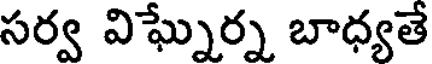
సర్వ విఘ్నేర్న బాధ్యతే